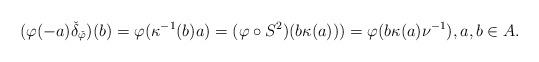
LaTeX: \begin{align*}(\varphi(-a)\check{\delta}_{\check{\varphi}})(b) = \varphi(\kappa^{-1}(b)a) = (\varphi\circ S^2)(b\kappa(a))) = \varphi(b\kappa(a)\nu^{-1}),a,b\in A. \end{align*}